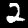
Label: 2